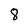
Character: 8